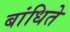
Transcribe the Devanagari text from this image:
बांधिते